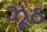
ઝૂઠ